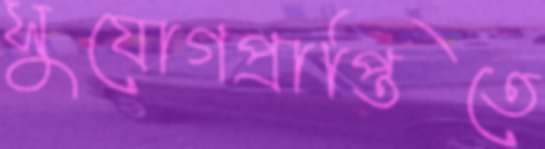
সুযোগপ্রাপ্তিতে